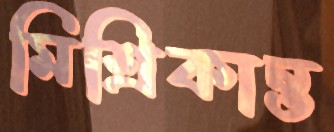
মিশ্রিকান্ত